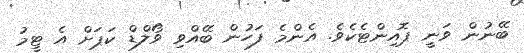
ބޭނުން ވަނީ ޕޮއިންޓެކެވެ. އެންމެ ފަހުން ބޭއްވި ވޯލްޑް ކަޕަށް އެ ޓީމު